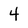
Character: 4